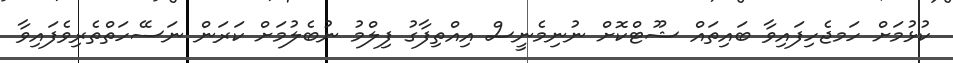
ކުޅުމަށް ހަމޖެހިިފައިވާ ބައިތައް ޝޫޓްކޮށް ނުނިމެނީސް އިއްތިފާގު ފިލްމު ނުބެލުމަށް ކަރަން ނަސޭހަތްތެރިވެފައިވާ